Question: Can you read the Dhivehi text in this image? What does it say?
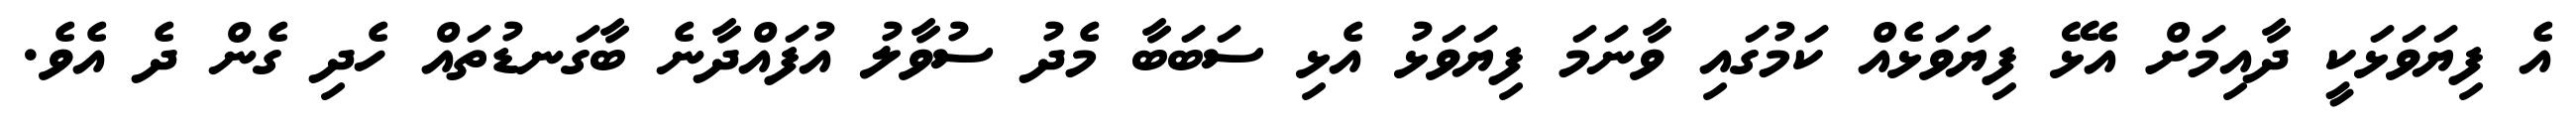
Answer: އެ ފިޔަވަޅަކީ ދާއިމަށް އެޅޭ ފިޔަވަޅެއް ކަމުގައި ވާނަމަ ފިޔަވަޅު އެޅި ސަބަބާ މެދު ސުވާލު އުފައްދާނެ ބާގަނޑުތައް ހެދި ގެން ދެ އެވެ.